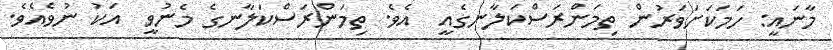
މާނައީ: ހަމަކަށަވަރުން ތިމަންރަސްކަލާނގެއީ  އެވެ. ތިމަންރަސްކަލާނގެ މެނުވީ  އަކު ނުވެއެވެ.